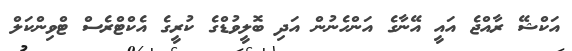
އަކްޝޭ ރާއްޖެ އައީ އޭނާގެ އަންހެނުން އަދި ބޮލީވުޑްގެ ކުރީގެ އެކްޓްރެސް ޓްވިންކަލް